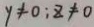
y \neq 0 ; z \neq 0